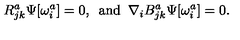
R _ { j k } ^ { a } \Psi [ \omega _ { i } ^ { a } ] = 0 , \enspace \mathrm { a n d } \enspace \nabla _ { i } B _ { j k } ^ { a } \Psi [ \omega _ { i } ^ { a } ] = 0 .